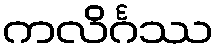
ကလိင်္ဂဿ